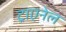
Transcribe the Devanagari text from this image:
ट्राएनेल